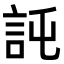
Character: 𧦖